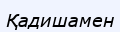
Қадишамен